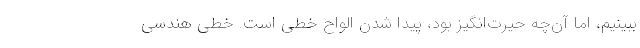
ببینیم، اما آن‌چه حیرت‌انگیز بود، پیدا شدن الواح خطی است. خطی هندسی